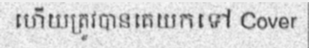
ហើយត្រូវបានគេយកទៅ Cover